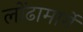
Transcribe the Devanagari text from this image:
लोंढामार्गे